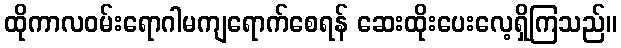
ထိုကာလဝမ်းရောဂါမကျရောက်စေရန် ဆေးထိုးပေးလေ့ရှိကြသည်။